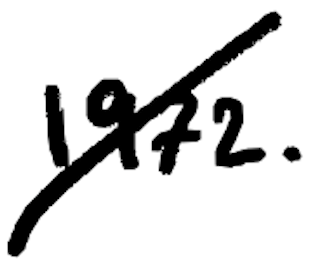
Text: 1972.
Cross-out: diagonal
Writing tool: digital_black